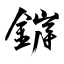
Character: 錌